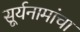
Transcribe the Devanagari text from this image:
सूर्यनामांचा